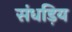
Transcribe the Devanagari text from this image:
संधड़िय